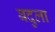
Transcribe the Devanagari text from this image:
बदुला